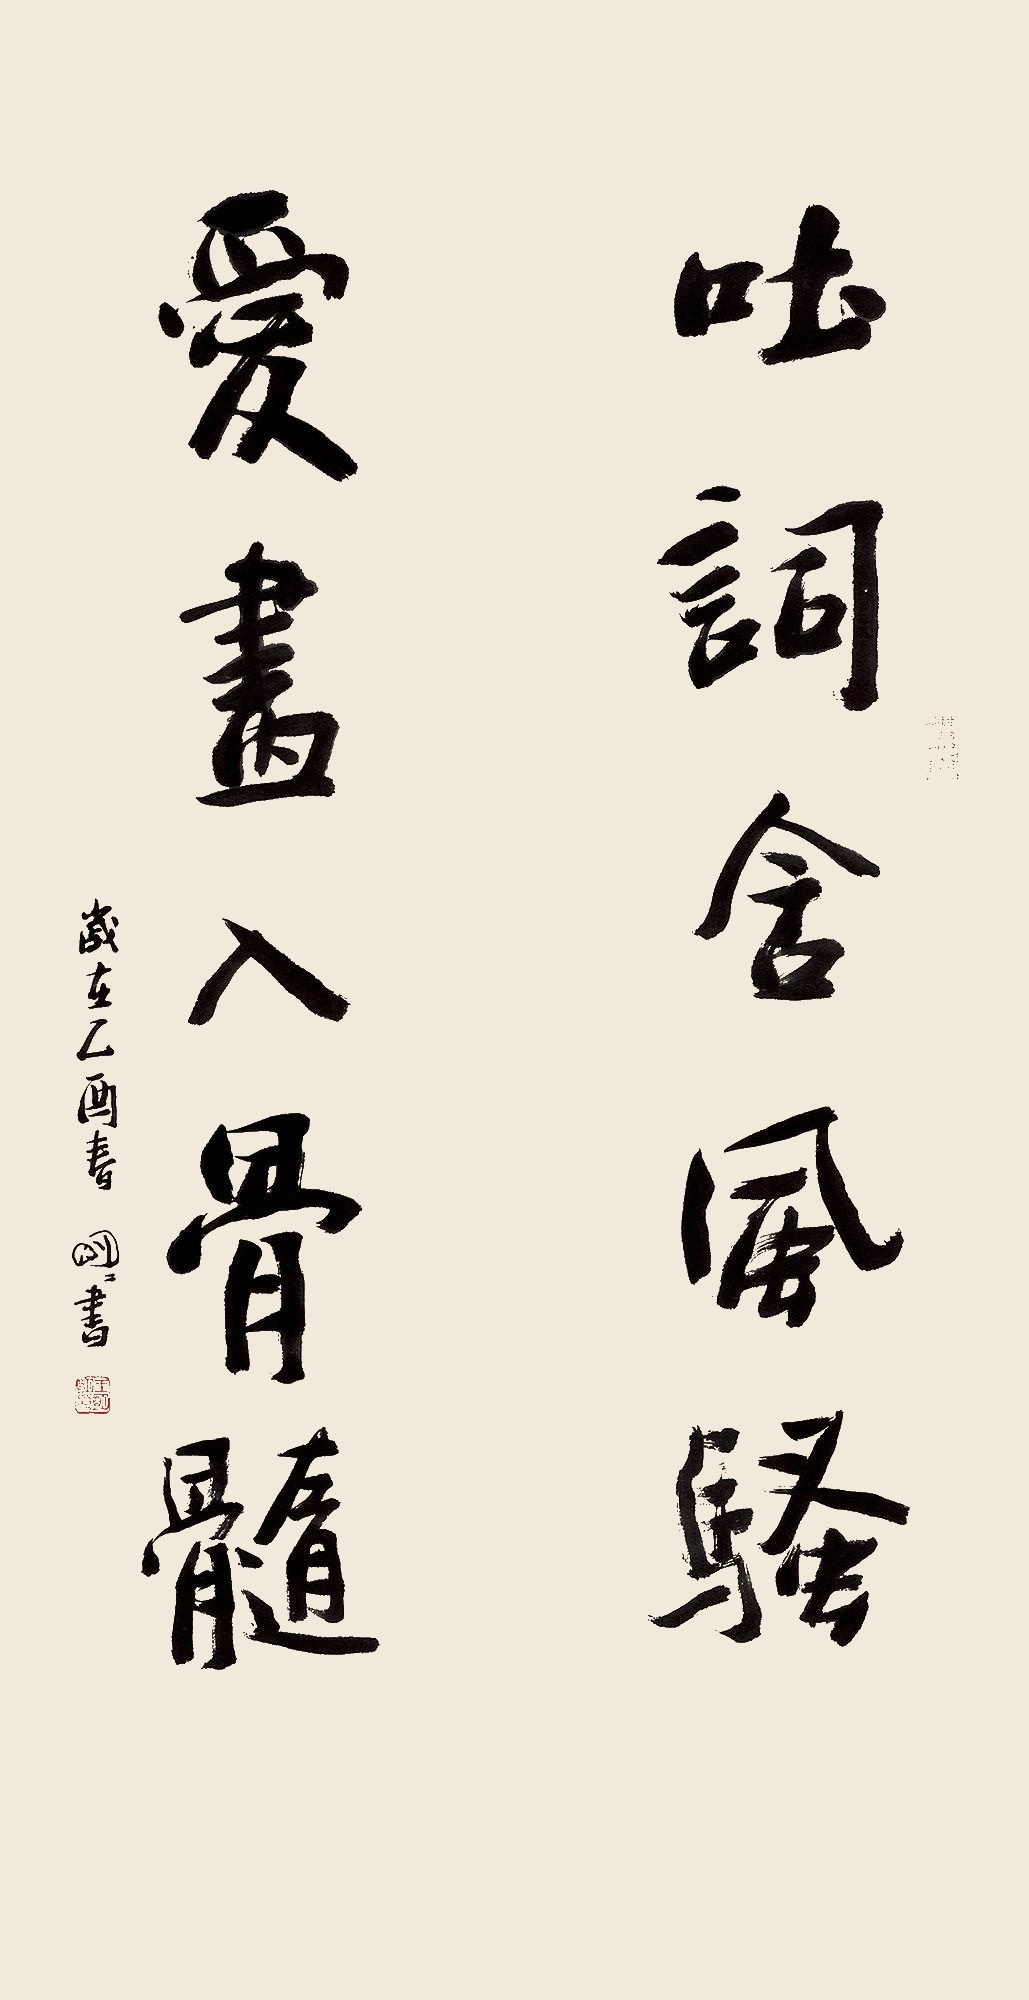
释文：吐词含风骚，爱画入骨髓。岁在乙酉春，明明书。